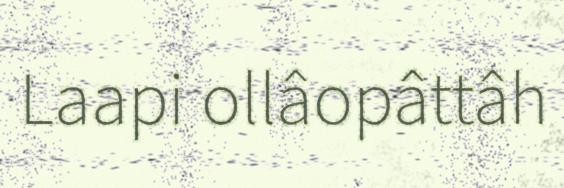
Laapi ollâopâttâh